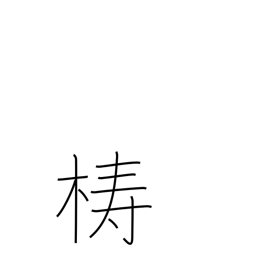
Meaning: block of wood